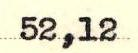
52,12